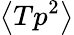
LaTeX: \left\langle Tp^{2}\right\rangle